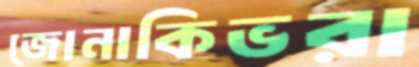
জোনাকিভরা